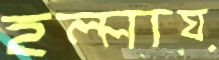
হল্লায়